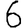
Digit: 6